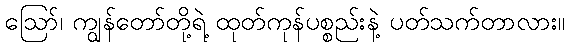
ဪ၊ ကျွန်တော်တို့ရဲ့ ထုတ်ကုန်ပစ္စည်းနဲ့ ပတ်သက်တာလား။